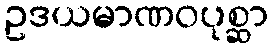
ဥဒယမာဏဝပုစ္ဆာ